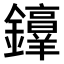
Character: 𫓜